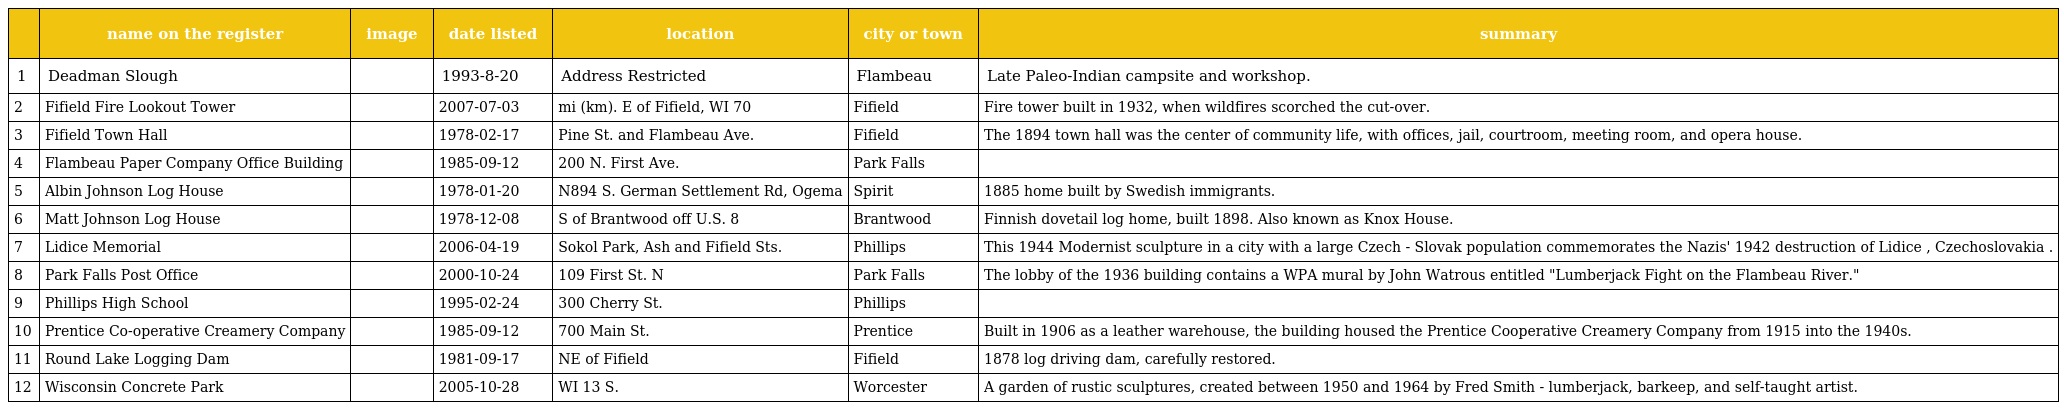
|  | name on the register | image | date listed | location | city or town | summary |
 | --- | --- | --- | --- | --- | --- | --- |
 | 1 | Deadman Slough |  | 1993-8-20 | Address Restricted | Flambeau | Late Paleo-Indian campsite and workshop. |
 | 2 | Fifield Fire Lookout Tower |  | 2007-07-03 | mi (km). E of Fifield, WI 70 | Fifield | Fire tower built in 1932, when wildfires scorched the cut-over. |
 | 3 | Fifield Town Hall |  | 1978-02-17 | Pine St. and Flambeau Ave. | Fifield | The 1894 town hall was the center of community life, with offices, jail, courtroom, meeting room, and opera house. |
 | 4 | Flambeau Paper Company Office Building |  | 1985-09-12 | 200 N. First Ave. | Park Falls |  |
 | 5 | Albin Johnson Log House |  | 1978-01-20 | N894 S. German Settlement Rd, Ogema | Spirit | 1885 home built by Swedish immigrants. |
 | 6 | Matt Johnson Log House |  | 1978-12-08 | S of Brantwood off U.S. 8 | Brantwood | Finnish dovetail log home, built 1898. Also known as Knox House. |
 | 7 | Lidice Memorial |  | 2006-04-19 | Sokol Park, Ash and Fifield Sts. | Phillips | This 1944 Modernist sculpture in a city with a large Czech - Slovak population commemorates the Nazis' 1942 destruction of Lidice , Czechoslovakia . |
 | 8 | Park Falls Post Office |  | 2000-10-24 | 109 First St. N | Park Falls | The lobby of the 1936 building contains a WPA mural by John Watrous entitled "Lumberjack Fight on the Flambeau River." |
 | 9 | Phillips High School |  | 1995-02-24 | 300 Cherry St. | Phillips |  |
 | 10 | Prentice Co-operative Creamery Company |  | 1985-09-12 | 700 Main St. | Prentice | Built in 1906 as a leather warehouse, the building housed the Prentice Cooperative Creamery Company from 1915 into the 1940s. |
 | 11 | Round Lake Logging Dam |  | 1981-09-17 | NE of Fifield | Fifield | 1878 log driving dam, carefully restored. |
 | 12 | Wisconsin Concrete Park |  | 2005-10-28 | WI 13 S. | Worcester | A garden of rustic sculptures, created between 1950 and 1964 by Fred Smith - lumberjack, barkeep, and self-taught artist. |